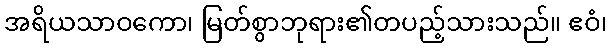
အရိယသာဝကော၊ မြတ်စွာဘုရား၏တပည့်သားသည်။ ဧဝံ၊